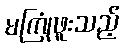
မကြုံဖူးသည့်